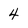
Character: 4